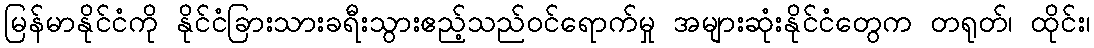
မြန်မာနိုင်ငံကို နိုင်ငံခြားသားခရီးသွားဧည့်သည်ဝင်ရောက်မှု အများဆုံးနိုင်ငံတွေက တရုတ်၊ ထိုင်း၊